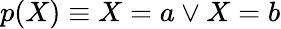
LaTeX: p(X)\equiv X=a\lor X=b